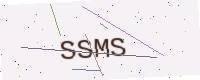
Text: SSMS